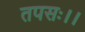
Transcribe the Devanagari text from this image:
तपसः।।